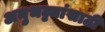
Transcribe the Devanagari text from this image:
अनुभट्ट्यांसाठी